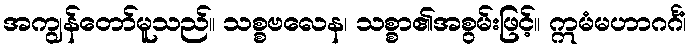
အကျွန်တော်မူသည်။ သစ္စဗလေန၊ သစ္စာ၏အစွမ်းဖြင့်။ ဣမံမဟာဂင်္ဂံ၊